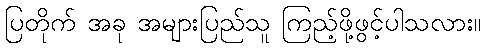
ပြတိုက် အခု အများပြည်သူ ကြည့်ဖို့ဖွင့်ပါသလား။